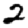
Digit: 2